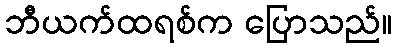
ဘီယက်ထရစ်က ပြောသည်။